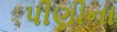
પીણીના